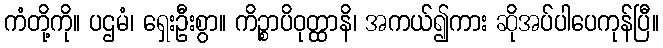
ကံတို့ကို။ ပဌမံ၊ ရှေးဦးစွာ။ ကိဉ္စာပိဝုတ္ထာနိ၊ အကယ်၍ကား ဆိုအပ်ပါပေကုန်ပြီ။